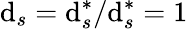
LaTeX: \mathrm{d}_{s}=\mathrm{d}_{s}^{*}/\mathrm{d}_{s}^{*}=1